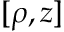
[ \rho , z ]